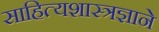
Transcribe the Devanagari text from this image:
साहित्यशास्त्रज्ञाने